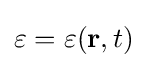
\varepsilon =\varepsilon (\mathbf {r} ,t)